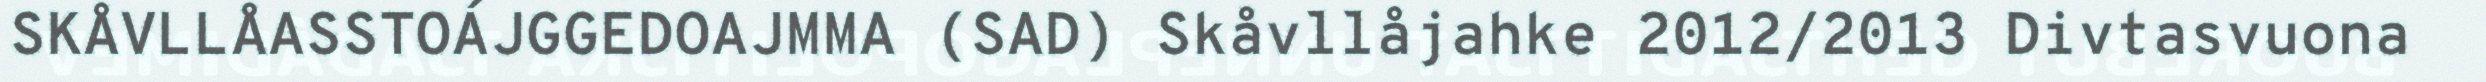
SKÅVLLÅASSTOÁJGGEDOAJMMA (SAD) Skåvllåjahke 2012/2013 Divtasvuona